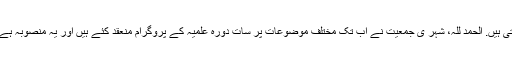
اس تعلیم کےلئے ایک معروف عالم دین کی خدمات حاصل کی جاتی ہیں. الحمد للہ، شہر ی جمعیت نے اب تک مختلف موضوعات پر سات دورہ علمیہ کے پروگرام منعقد کئے ہیں اور یہ منصوبہ ہے کہ سالانہ چار دورہ علمیہ کے پروگرام ضرور منعقد کئے جائں۔